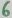
Text: 6